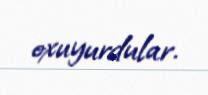
oxuyurdular.